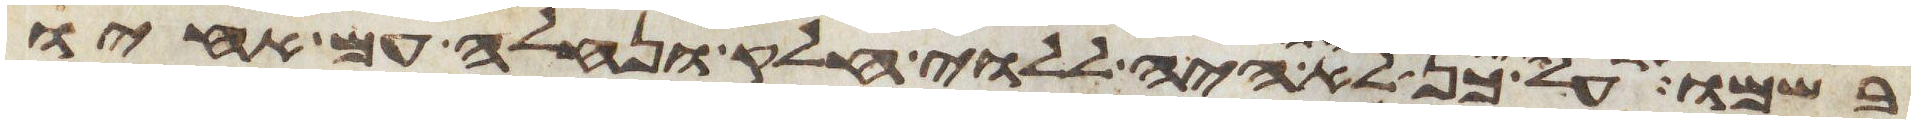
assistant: על כן לא היה ללוי חלק ונחלה עם אחיו